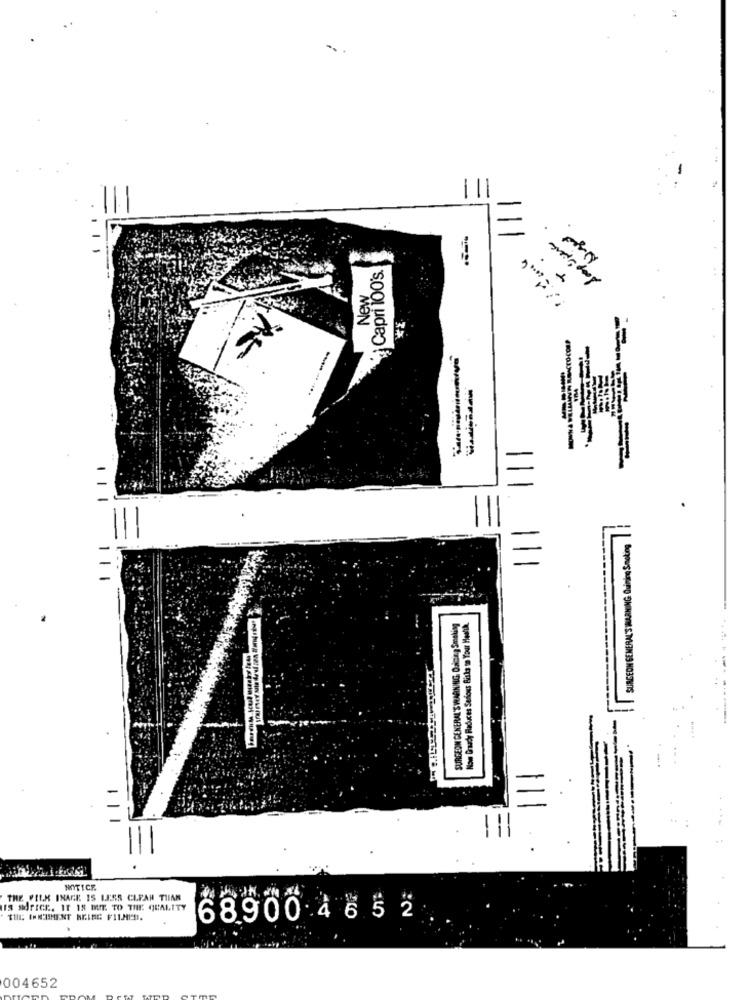
Capri 100's
New
=
SURGEON GENERAL'S MALARHING Quining Smoking
Now Grady Reduces Serons Bisks to Your Health
----- ----
=
HOTICE
THE FILM INACK IS LESS CLPAR THIAN
IS SUFICK. It 18 BIT. TO THE QUALITY
68900 4 65 2
004652